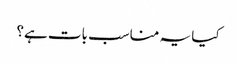
کیا یہ مناسب بات ہے؟